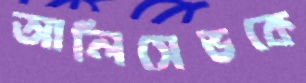
আলিসেভকে